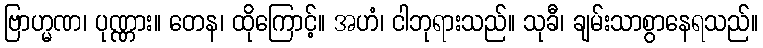
ဗြာဟ္မဏ၊ ပုဏ္ဏား။ တေန၊ ထိုကြောင့်။ အဟံ၊ ငါဘုရားသည်။ သုခီ၊ ချမ်းသာစွာနေရသည်။